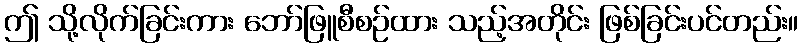
ဤ သို့လိုက်ခြင်းကား ဘော်ဖြူစီစဉ်ထား သည့်အတိုင်း ဖြစ်ခြင်းပင်တည်း။